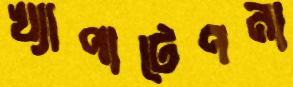
খ্যাপাটেপনা